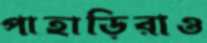
পাহাড়িরাও